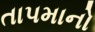
તાપમાનો